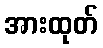
အားထုတ်